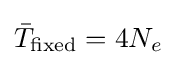
{\bar {T}}_{\text{fixed}}=4N_{e}